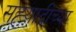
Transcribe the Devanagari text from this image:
सह्य़ाद्रीच्या